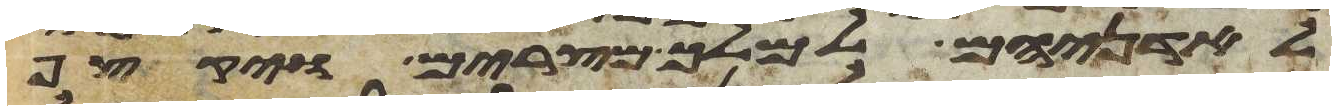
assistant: לאדניהם למלך מצרים ויקצף